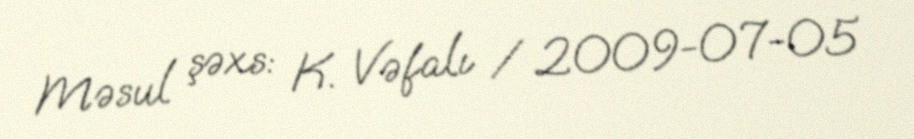
Məsul şəxs: K. Vəfalı / 2009-07-05